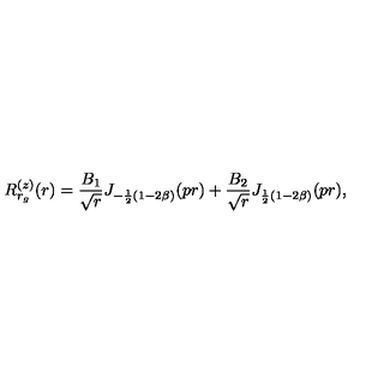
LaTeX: R _ { r _ { g } } ^ { ( z ) } ( r ) = \frac { B _ { 1 } } { \sqrt { r } } J _ { - \frac { 1 } { 2 } ( 1 - 2 \beta ) } ( p r ) + \frac { B _ { 2 } } { \sqrt { r } } J _ { \frac { 1 } { 2 } ( 1 - 2 \beta ) } ( p r ) ,